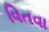
વિતવા